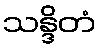
သန္ဒိတံ